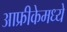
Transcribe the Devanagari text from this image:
आफ्रीकेमध्ये